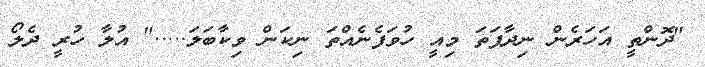
"ދޮންތީ އަހަރެން ނިދާފަތަ މިއީ ހުވަފެނެއްތަ ނިކަން ވިކާބަލަ....." އުލާ ހުރީ ދެލޯ